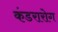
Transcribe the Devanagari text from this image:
कंडरारोग